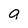
Character: g